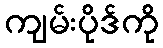
ကျမ်းပိုဒ်ကို